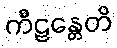
ကီဠန္တေတိ